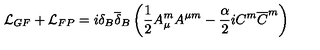
{ \mathcal L } _ { G F } + { \mathcal L } _ { F P } = i \delta _ { B } { \overline { { \delta } } } _ { B } \left( \frac { 1 } { 2 } A _ { \mu } ^ { m } A ^ { \mu m } - \frac { \alpha } { 2 } i C ^ { m } { \overline { { C } } } ^ { m } \right)